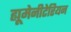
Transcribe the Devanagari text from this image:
ह्यूमेनीटेरियन